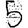
Digit: 5